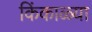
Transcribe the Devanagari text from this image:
किंकाळ्या